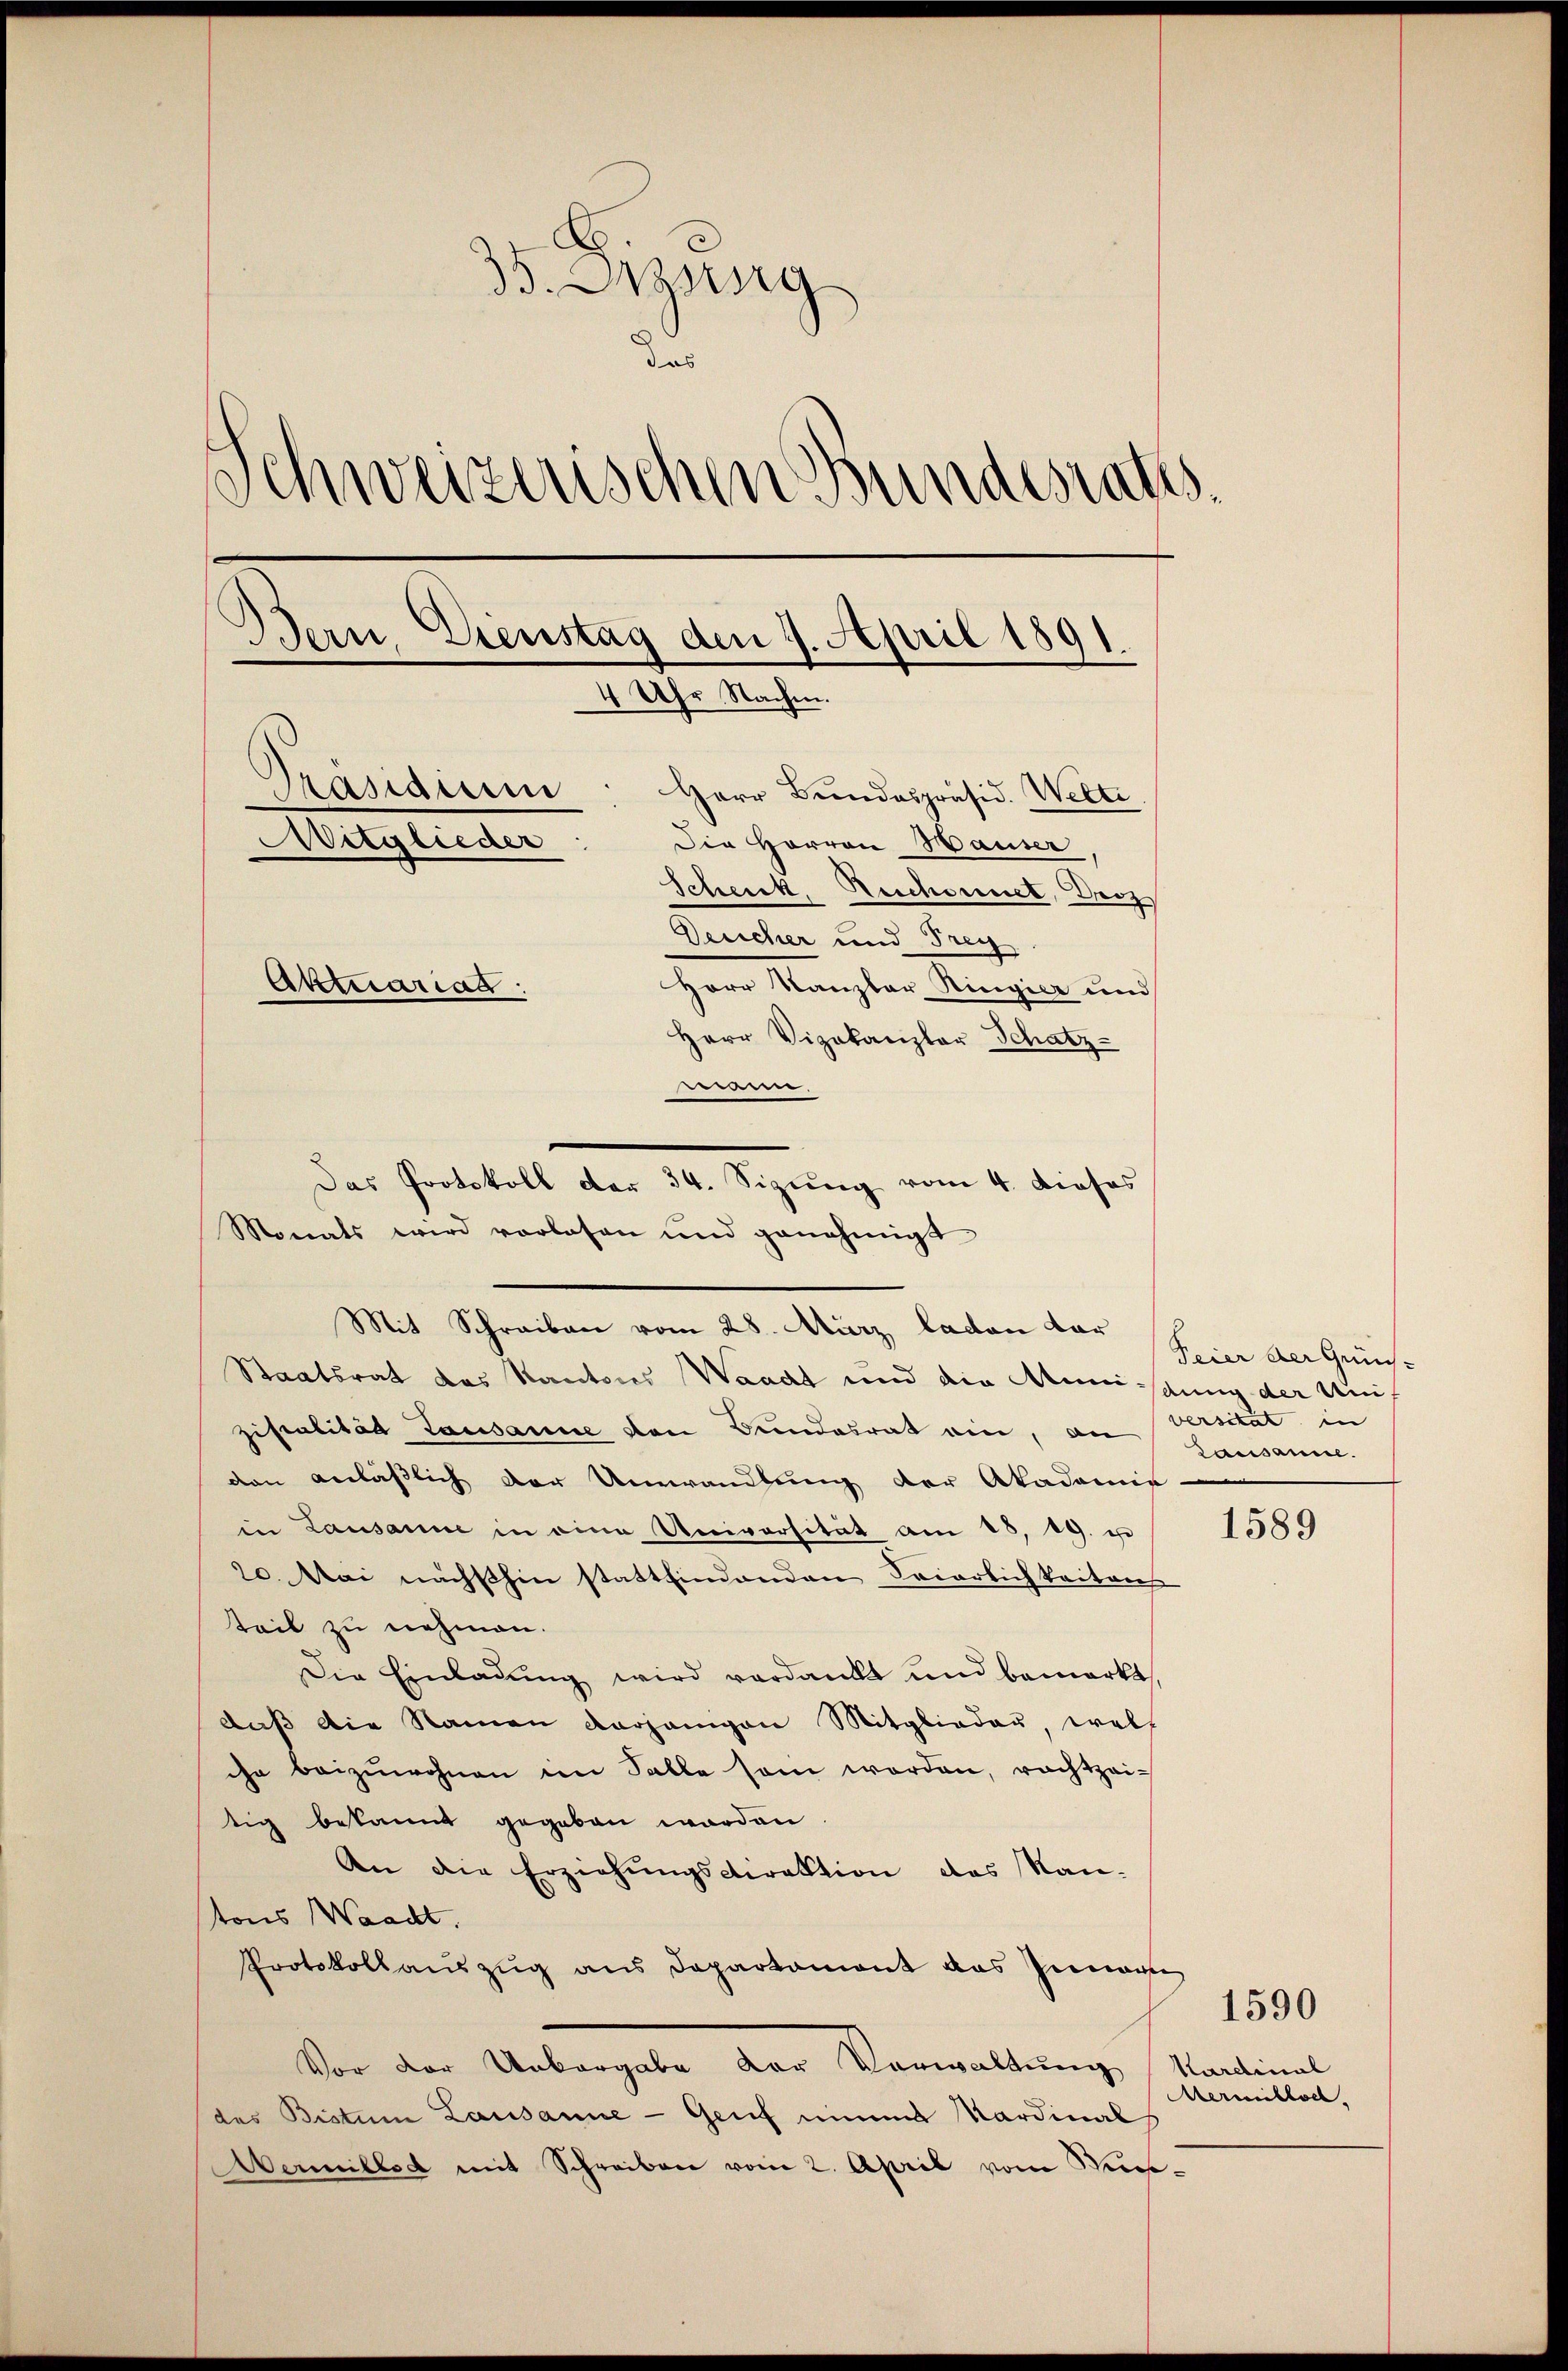
C
35. Sitzung
das
Schweizerischen Bundesraths¬
Dern, Dienstag den 9. April 1891.
4 Uhr Nachen.
Präsidium
Herr Bundespräsid. Welte.
Mitglieder
Die Herren Hauser,
Schenk, Beschonnet, Droz
Deucher und Frey.
Aktuariag
Herr Kanzler Ringier und
Herr Vizekanzler Schatz-

.
Monats wird vorlesen und genehmigt
Mit Schreiben vom 28. März laden dar
Staatsrat das Kantons Waadt und die Ameistung der Unif
ziscalität Lausanne den Bundesrat ein, an Verstat in
den anläßlich der Umwandlung der Akademie
in Lausanne in eine Universität am 18. 19. u
20. Mai nächsthin stattfindenden Feierlichkeitens
teil zu nehmen.
Die Einladung wird verdankt und bemerkt,
daß die Namen derjenigen Mitglieder, welch
che beizuwohnen im Falle sei worden, rechtzeitig bekannt gegeben worden
An die Erziehŭngsdirektion das Nan-
tons Waadt.
Protokollauszug aus Departament das Zunar
Von den Untergeben der Verwaltung, kantent
des Bistum Lausanne - Genf einem Kardinal
Aermillet mit Schreiben vom 2. April vom Kies¬

Das Protokoll der 34. Sizung vom 4. Dieses

Feier der Grüns-
Lausanne.

1589

Hermittel.

1590